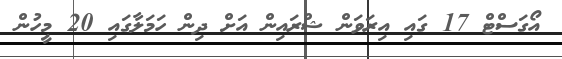
އޯގަސްޓް 17 ގައި އިރަވަން ޝްރައިން އަށް ދިން ހަމަލާގައި 20 މީހުން